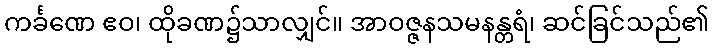
ကင်္ခဏေ ဧဝ၊ ထိုခဏ၌သာလျှင်။ အာဝဇ္ဇနသမနန္တရံ၊ ဆင်ခြင်သည်၏